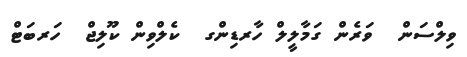
ވިލްސަން  ވަރެން ގަމާލީލް ހާރޑިންގ  ކެލްވިން ކޫލިޖް  ހަރބަޓް